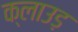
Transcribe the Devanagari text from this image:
क्लाउड़